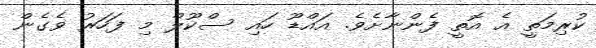
ކުރިމަތީ އެ އޮތީ ފެންނާށެވެ. އައްޑޫ ހައި ސްކޫލް މި ފަހަރު ވެގެން